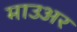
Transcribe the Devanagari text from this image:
माउअर